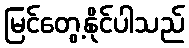
မြင်တွေ့နိုင်ပါသည်